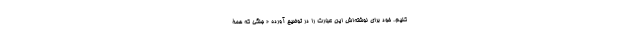
کنیم. خود برای نوشته‌اش این عبارت را در توضیح آورده « جنگی که همۀ